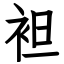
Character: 袒